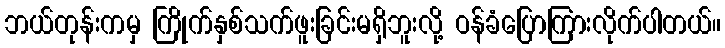
ဘယ်တုန်းကမှ ကြိုက်နှစ်သက်ဖူးခြင်းမရှိဘူးလို့ ဝန်ခံပြောကြားလိုက်ပါတယ်။